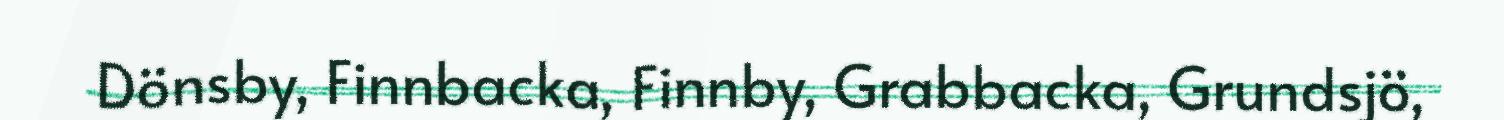
Dönsby, Finnbacka, Finnby, Grabbacka, Grundsjö,